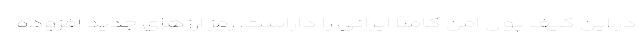
در این کیف پول امن کاملا ایرانی را داراست. رمز ارزهای جدید افزوده